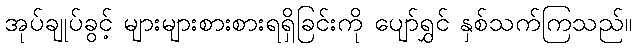
အုပ်ချုပ်ခွင့် များများစားစားရရှိခြင်းကို ပျော်ရွှင် နှစ်သက်ကြသည်။